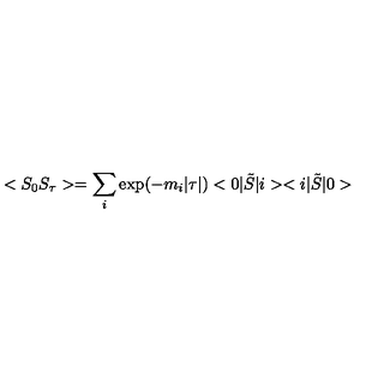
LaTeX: < S _ { 0 } S _ { \tau } > = \sum _ { i } \exp ( - m _ { i } | \tau | ) < 0 | \tilde { S } | i > < i | \tilde { S } | 0 >